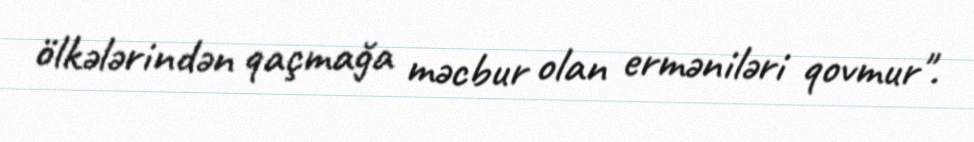
ölkələrindən qaçmağa məcbur olan erməniləri qovmur".